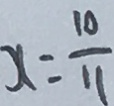
x = \frac { 1 0 } { 1 1 }